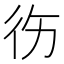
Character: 𱝮